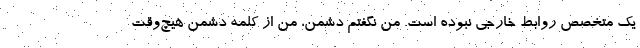
يك متخصص روابط خارجي نبوده است. من نگفتم دشمن، من از كلمه دشمن هيچ‌وقت